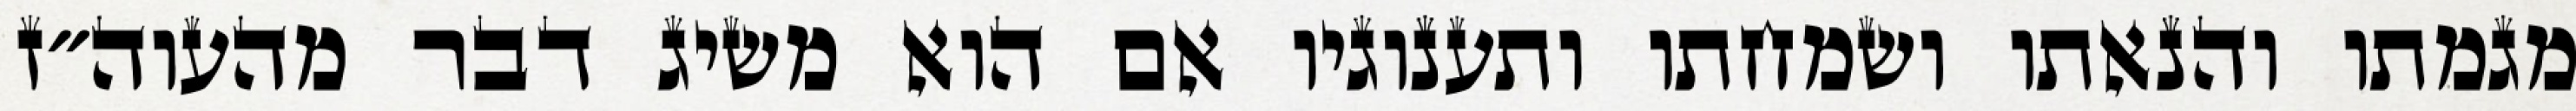
מגמתו והנאתו ושמחתו ותענוגיו אם הוא משיג דבר מהעוה״ז